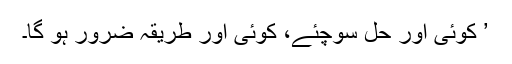
’ کوئی اور حل سوچئے، کوئی اور طریقہ ضرور ہو گا۔